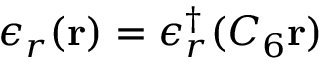
\epsilon _ { r } ( \mathbf { r } ) = \epsilon _ { r } ^ { \dagger } ( C _ { 6 } \mathbf { r } )